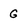
Character: G